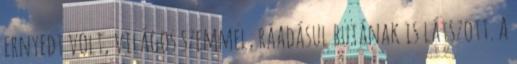
ernyedt volt, világos szemmel, ráadásul butának is látszott. A